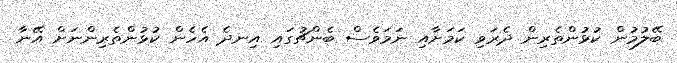
ބޭލުމުން ކުޅުންތެރިން ދެރަވި ކަމަށާއި ނަމަވެސް ބެންޗުގައި އިނދެ އެހެން ކުޅުންތެރިންނަށް އޭނާ